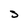
Character: J